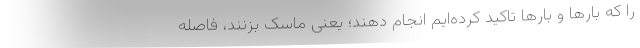
را که بارها و بارها تاکید کرده‌ایم انجام دهند؛ یعنی ماسک بزنند، فاصله